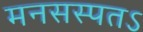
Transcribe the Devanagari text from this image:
मनसस्पतऽ